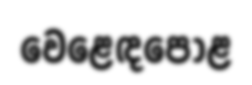
වෙළෙඳපොළ